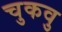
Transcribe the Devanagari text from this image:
चुकवु